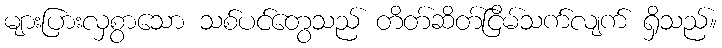
များပြားလှစွာသော သစ်ပင်တွေသည် တိတ်ဆိတ်ငြိမ်သက်လျက် ရှိသည်။